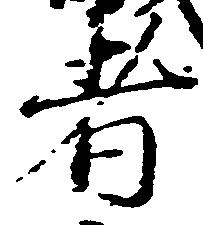
者